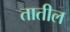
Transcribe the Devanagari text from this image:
तातील